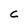
Character: C